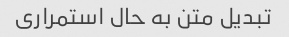
تبدیل متن به حال استمراری